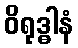
ဝိရုဒ္ဓါနံ